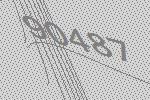
90487